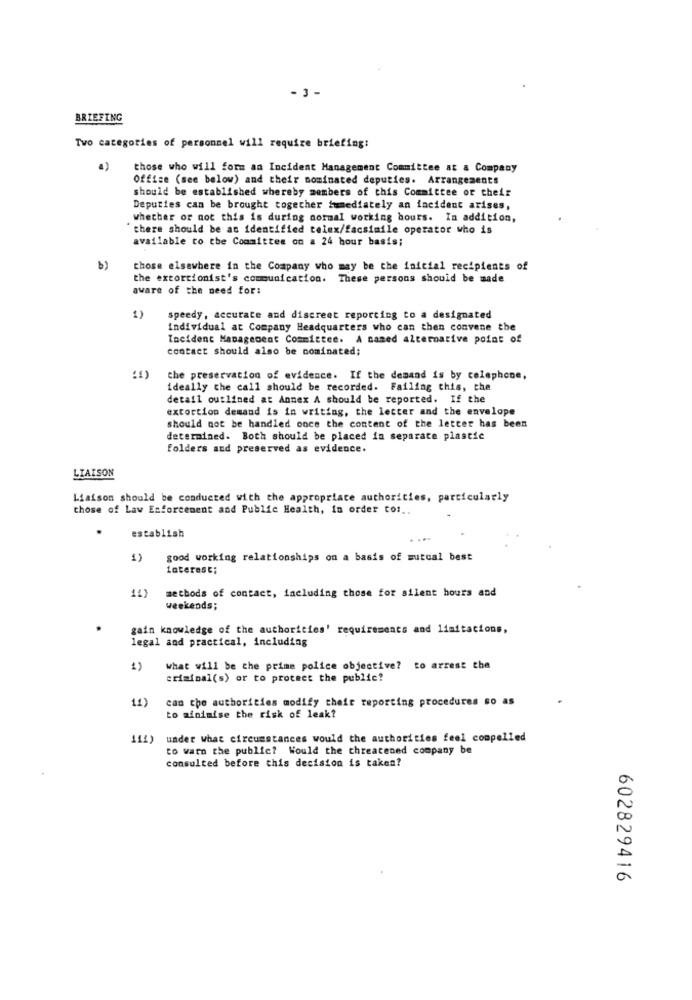
- 3 -
BRIEFING
Two categories of personnel will require briefing:
those who will form an Incident Management Committee at a Company
Office (see below) and their nominated deputies. Arrangements
should be established whereby members of this Committee or their
Deputies can be brought together immediately an incident arises,
Whether or not this is during normal working hours. In addition,
there should be at identified telex/facsimile operator who is
available to the Committee on a 24 hour basis;
those elsewhere in the Company who may be the initial recipients of
the extortionist's communication. These persons should be made
aware of the need for:
1)
speedy, accurate and discreet reporting to a designated
individual at Company Headquarters who can then convene the
Incident Management Committee. A cased alternative point of
contact should also be nominated;
the preservation of evidence. If the demand is by telephone,
ideally the call should be recorded. Failing this, the
detail outlined at Annex A should be reported. If the
extortion demand is in writing, the letter and the envelope
should not be handled once the content of the letter has been
determined. Both should be placed in separate plastic
folders and preserved as evidence.
LIAISON
Liaison should be conducted with the appropriate authorities, particularly
those of Law Enforcement and Public Health, in order to :..
establish
1)
good working relationships on a basis of mutual best
interest;
14)
methods of contact, including those for silent hours and
weekends;
gain knowledge of the authorities' requirements and limitations,
legal and practical, including
1)
what will be the prime police objective? to arrest the
criminal(s) or to protect the public?
11)
can the authorities modify their reporting procedures so as
to minimise the risk of leak?
111)
under what circumstances would the authorities feel compelled
to warn the public? Would the threatened company be
consulted before this decision is taken?
602829416